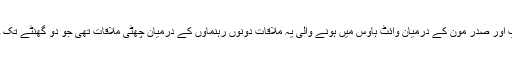
صدر ٹرمپ اور صدر مون کے درمیان وائٹ ہاوس میں ہونے والی یہ ملاقات دونوں رہنماوں کے درمیان چھٹی ملاقات تھی جو دو گھنٹے تک جاری رہی۔